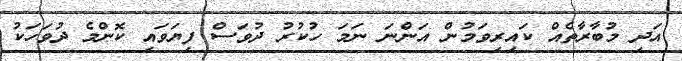
އަދި މުބާރާތެއް ކައިރިވަމުން އަންނަ ނަމަ ހުކުރު ދުވަސް ފިޔަވައި ކޮންމެ ދުވަހަކު